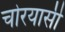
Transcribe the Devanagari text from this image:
चोरयासी